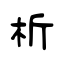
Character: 析